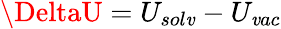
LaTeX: \DeltaU=U_{sol\mathit{v}}-U_{\mathit{v}ac}